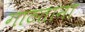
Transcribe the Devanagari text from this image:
गाठताना